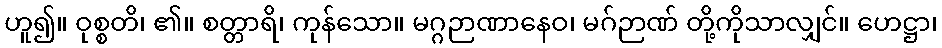
ဟူ၍။ ဝုစ္စတိ၊ ၏။ စတ္တာရိ၊ ကုန်သော။ မဂ္ဂဉာဏာနေဝ၊ မဂ်ဉာဏ် တို့ကိုသာလျှင်။ ဟေဋ္ဌာ၊